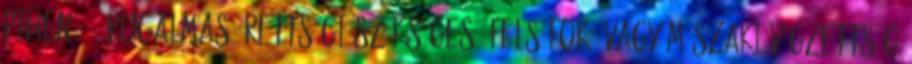
pihenő. . rugalmas érettségi szükséges, felsőfokú vagy műszaki végzettség